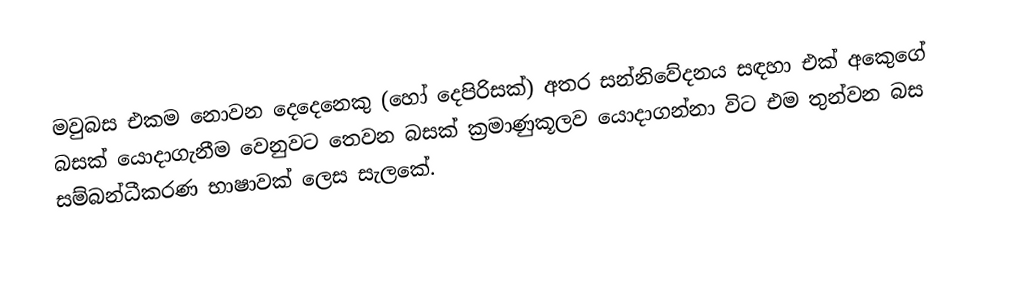
මවුබස එකම  නොවන දෙදෙනෙකු (හෝ දෙපිරිසක්) අතර සන්නිවේදනය සඳහා එක් අකෙුගේ බසක් යොදාගැනීම වෙනුවට තෙවන බසක් ක්‍රමාණුකූලව යොදාගන්නා විට එම තුන්වන බස සම්බන්ධීකරණ භාෂාවක් ලෙස සැලකේ.